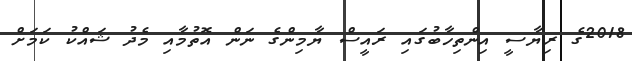
2018ގެ ރިޔާސީ އިންތިހާބުގައި ރައީސް ޔާމިންގެ ނަން އޮތުމާއި މެދު ޝައްކު ކަމަށް